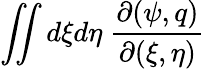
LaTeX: \iint d\xi d\eta\; \frac{\partial(\psi,q)}{\partial(\xi,\eta)}